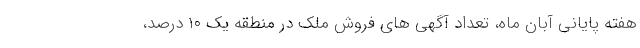
هفته پایانی آبان ماه، تعداد آگهی های فروش ملک در منطقه یک ۱۰ درصد،